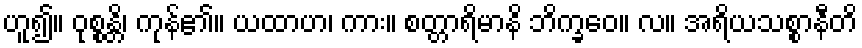
ဟူ၍။ ဝုစ္စန္တိ၊ ကုန်၏။ ယထာဟ၊ ကား။ စတ္တာရိမာနိ ဘိက္ခဝေ။ လ။ အရိယသစ္စာနီတိ